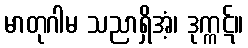
မာတုဂါမ သညာရှိအံ့၊ ဒုက္ကဋ်။